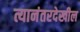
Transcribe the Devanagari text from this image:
त्यानंतरदेखील